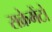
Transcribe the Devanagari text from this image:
सक्रेमेंटो